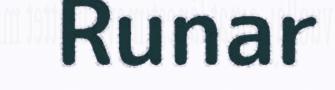
Runar